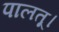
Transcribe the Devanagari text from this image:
पालतू।